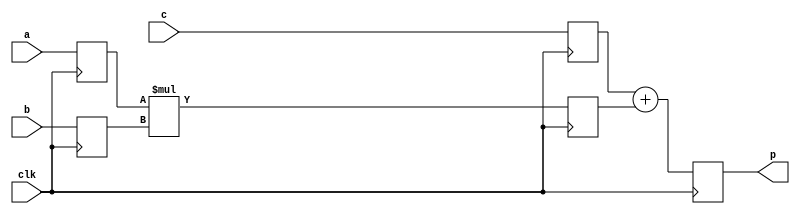
//------------------------------------------------------------------------------
//
// gng_smul_16_18_sadd_37.v
//
// This file is part of the Gaussian Noise Generator IP Core
//
// Description
//     Signed multiplier 16-bit x 18-bit follows signed adder 37-bit,
// delay 3 cycles
//
//------------------------------------------------------------------------------
//
// Copyright (C) 2014, Guangxi Liu <guangxi.liu@opencores.org>
//
// This source file may be used and distributed without restriction provided
// that this copyright statement is not removed from the file and that any
// derivative work contains the original copyright notice and the associated
// disclaimer.
//
// This source file is free software; you can redistribute it and/or modify it
// under the terms of the GNU Lesser General Public License as published by
// the Free Software Foundation; either version 2.1 of the License,
// or (at your option) any later version.
//
// This source is distributed in the hope that it will be useful, but
// WITHOUT ANY WARRANTY; without even the implied warranty of MERCHANTABILITY
// or FITNESS FOR A PARTICULAR PURPOSE. See the GNU Lesser General Public
// License for more details.
//
// You should have received a copy of the GNU Lesser General Public License
// along with this source; if not, download it from
// http://www.opencores.org/lgpl.shtml
//
//------------------------------------------------------------------------------


`timescale 1 ns / 1 ps


module gng_smul_16_18_sadd_37 (
    // System signals
    input clk,                  // system clock

    // Data interface
    input [15:0] a,             // multiplicand
    input [17:0] b,             // multiplicator
    input [36:0] c,             // adder
    output [37:0] p             // result
);

// Behavioral model
reg signed [15:0] a_reg;
reg signed [17:0] b_reg;
reg signed [36:0] c_reg;
reg signed [33:0] prod;
wire signed [37:0] sum;
reg [37:0] result;

always @ (posedge clk) begin
    a_reg <= a;
    b_reg <= b;
    c_reg <= c;
end

always @ (posedge clk) begin
    prod <= a_reg * b_reg;
end

assign sum = c_reg + prod;

always @ (posedge clk) begin
    result <= sum;
end

assign p = result;


endmodule